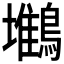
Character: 𪅧